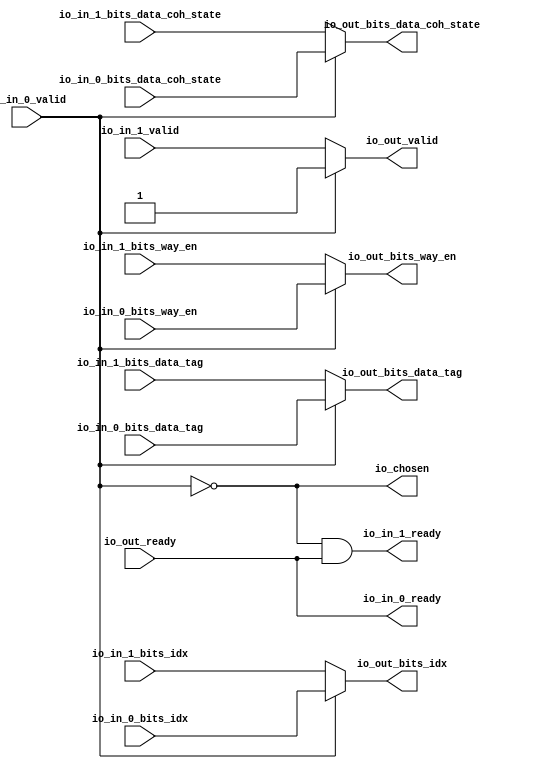
// This program was cloned from: https://github.com/NYU-MLDA/OpenABC
// License: BSD 3-Clause "New" or "Revised" License

module Arbiter_1
(
  io_in_1_ready,
  io_in_1_valid,
  io_in_1_bits_idx,
  io_in_1_bits_way_en,
  io_in_1_bits_data_tag,
  io_in_1_bits_data_coh_state,
  io_in_0_ready,
  io_in_0_valid,
  io_in_0_bits_idx,
  io_in_0_bits_way_en,
  io_in_0_bits_data_tag,
  io_in_0_bits_data_coh_state,
  io_out_ready,
  io_out_valid,
  io_out_bits_idx,
  io_out_bits_way_en,
  io_out_bits_data_tag,
  io_out_bits_data_coh_state,
  io_chosen
);

  input [5:0] io_in_1_bits_idx;
  input [3:0] io_in_1_bits_way_en;
  input [19:0] io_in_1_bits_data_tag;
  input [1:0] io_in_1_bits_data_coh_state;
  input [5:0] io_in_0_bits_idx;
  input [3:0] io_in_0_bits_way_en;
  input [19:0] io_in_0_bits_data_tag;
  input [1:0] io_in_0_bits_data_coh_state;
  output [5:0] io_out_bits_idx;
  output [3:0] io_out_bits_way_en;
  output [19:0] io_out_bits_data_tag;
  output [1:0] io_out_bits_data_coh_state;
  input io_in_1_valid;
  input io_in_0_valid;
  input io_out_ready;
  output io_in_1_ready;
  output io_in_0_ready;
  output io_out_valid;
  output io_chosen;
  wire [5:0] io_out_bits_idx;
  wire [3:0] io_out_bits_way_en;
  wire [19:0] io_out_bits_data_tag;
  wire [1:0] io_out_bits_data_coh_state;
  wire io_in_1_ready,io_in_0_ready,io_out_valid,io_chosen,N0,N1,io_out_ready,T7;
  assign io_in_0_ready = io_out_ready;
  assign io_chosen = ~io_in_0_valid;
  assign io_out_bits_data_coh_state = (N0)? io_in_1_bits_data_coh_state : 
                                      (N1)? io_in_0_bits_data_coh_state : 1'b0;
  assign N0 = io_chosen;
  assign N1 = io_in_0_valid;
  assign io_out_bits_data_tag = (N0)? io_in_1_bits_data_tag : 
                                (N1)? io_in_0_bits_data_tag : 1'b0;
  assign io_out_bits_way_en = (N0)? io_in_1_bits_way_en : 
                              (N1)? io_in_0_bits_way_en : 1'b0;
  assign io_out_bits_idx = (N0)? io_in_1_bits_idx : 
                           (N1)? io_in_0_bits_idx : 1'b0;
  assign io_out_valid = (N0)? io_in_1_valid : 
                        (N1)? io_in_0_valid : 1'b0;
  assign io_in_1_ready = T7 & io_out_ready;
  assign T7 = ~io_in_0_valid;

endmodule